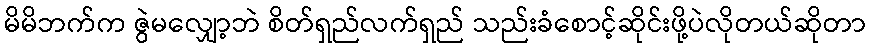
မိမိဘက်က ဇွဲမလျှော့ဘဲ စိတ်ရှည်လက်ရှည် သည်းခံစောင့်ဆိုင်းဖို့ပဲလိုတယ်ဆိုတာ